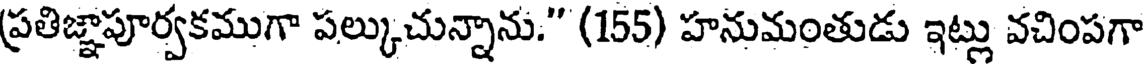
ప్రతిజ్ఞాపూర్వకముగా పల్కుచున్నాను." (155) హనుమంతుడు ఇట్లు వచింపగా